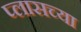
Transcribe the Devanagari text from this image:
प्लासच्या